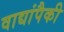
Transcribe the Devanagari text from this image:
वाद्यांपैकी